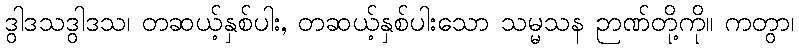
ဒွါဒသဒွါဒသ၊ တဆယ့်နှစ်ပါး, တဆယ့်နှစ်ပါးသော သမ္မသန ဉာဏ်တို့ကို။ ကတွာ၊